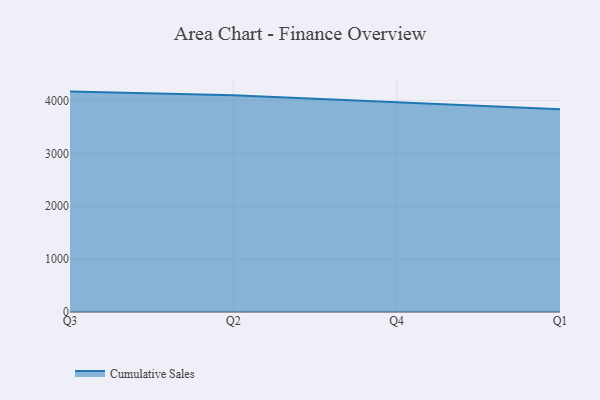
{"axis": {"x": "Quarter", "y": "Backlog"}, "legend": ["Cumulative Sales"], "data": [{"x": "Q3", "y": 4167.5, "type": "Cumulative Sales"}, {"x": "Q2", "y": 4097.6, "type": "Cumulative Sales"}, {"x": "Q4", "y": 3966.3, "type": "Cumulative Sales"}, {"x": "Q1", "y": 3834.9, "type": "Cumulative Sales"}]}